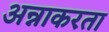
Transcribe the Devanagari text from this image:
अन्नाकरता